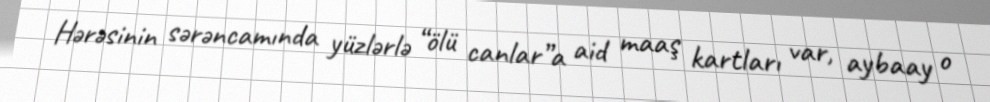
Hərəsinin sərəncamında yüzlərlə “ölü canlar”a aid maaş kartları var, aybaay o